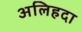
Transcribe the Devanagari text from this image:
अलिहदा